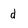
Character: d